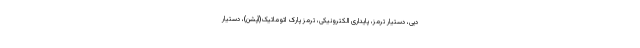
دیی، دستیار ترمز، پایداری الکترونیکی، ترمز پارک اتوماتیک(آپشن)، دستیار